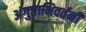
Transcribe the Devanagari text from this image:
अंगुष्ठाभिवर्तनी